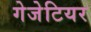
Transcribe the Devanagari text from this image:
गेजेटियर